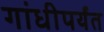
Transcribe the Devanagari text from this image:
गांधीपर्यंत